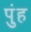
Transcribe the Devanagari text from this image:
पुंह